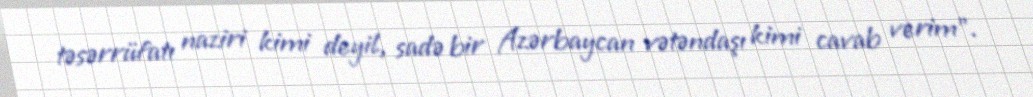
təsərrüfatı naziri kimi deyil, sadə bir Azərbaycan vətəndaşı kimi cavab verim".